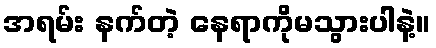
အရမ်း နက်တဲ့ နေရာကိုမသွားပါနဲ့။